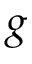
g